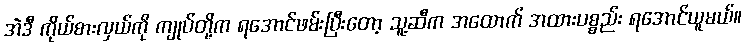
အဲဒီ ကိုယ်စားလှယ်ကို ကျုပ်တို့က ရအောင်ဖမ်းပြီးတော့ သူ့ဆီက အထောက် အထားပစ္စည်း ရအောင်ယူမယ်။